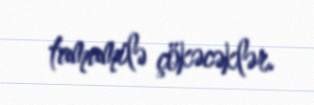
tamamilə çökəcəklər.